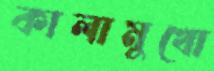
কালামুখো